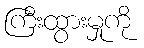
ကြီးထွားမှုကို